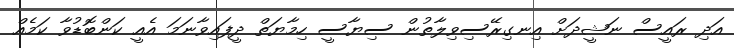
އަދި ރައީސް ނަޝީދަށް އިނގިރޭސިވިލާތުން ސިޔާސީ ހިމާޔަތް ދީފައިވާނަމަ އެއީ ކަންބޮޑުވާ ކަމެއް